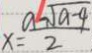
x = \frac { a \sqrt { a - 4 } } { 2 }